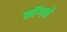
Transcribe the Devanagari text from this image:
मॉगने